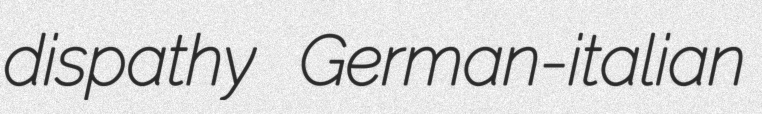
dispathy German-italian